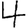
Digit: 4